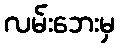
လမ်းဘေးမှ